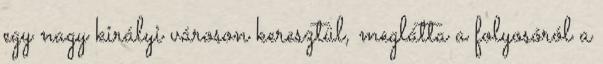
egy nagy királyi városon keresztül, meglátta a folyosóról a